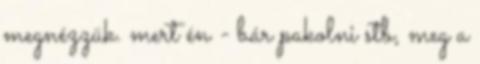
megnézzük. mert én - bár pakolni stb, meg a